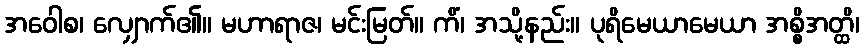
အဝေါစ၊ လျှောက်၏။ မဟာရာဇ၊ မင်းမြတ်။ ကိံ၊ အသို့နည်း။ ပုရိမေယာမေယာ အစ္စိအတ္ထိ၊